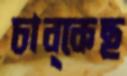
চাব্‌কেছ